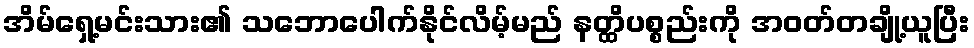
အိမ်ရှေ့မင်းသား၏ သဘောပေါက်နိုင်လိမ့်မည် နတ္ထိပစ္စည်းကို အဝတ်တချို့ယူပြီး